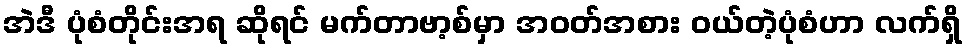
အဲဒီ ပုံစံတိုင်းအရ ဆိုရင် မက်တာဗာ့စ်မှာ အဝတ်အစား ဝယ်တဲ့ပုံစံဟာ လက်ရှိ